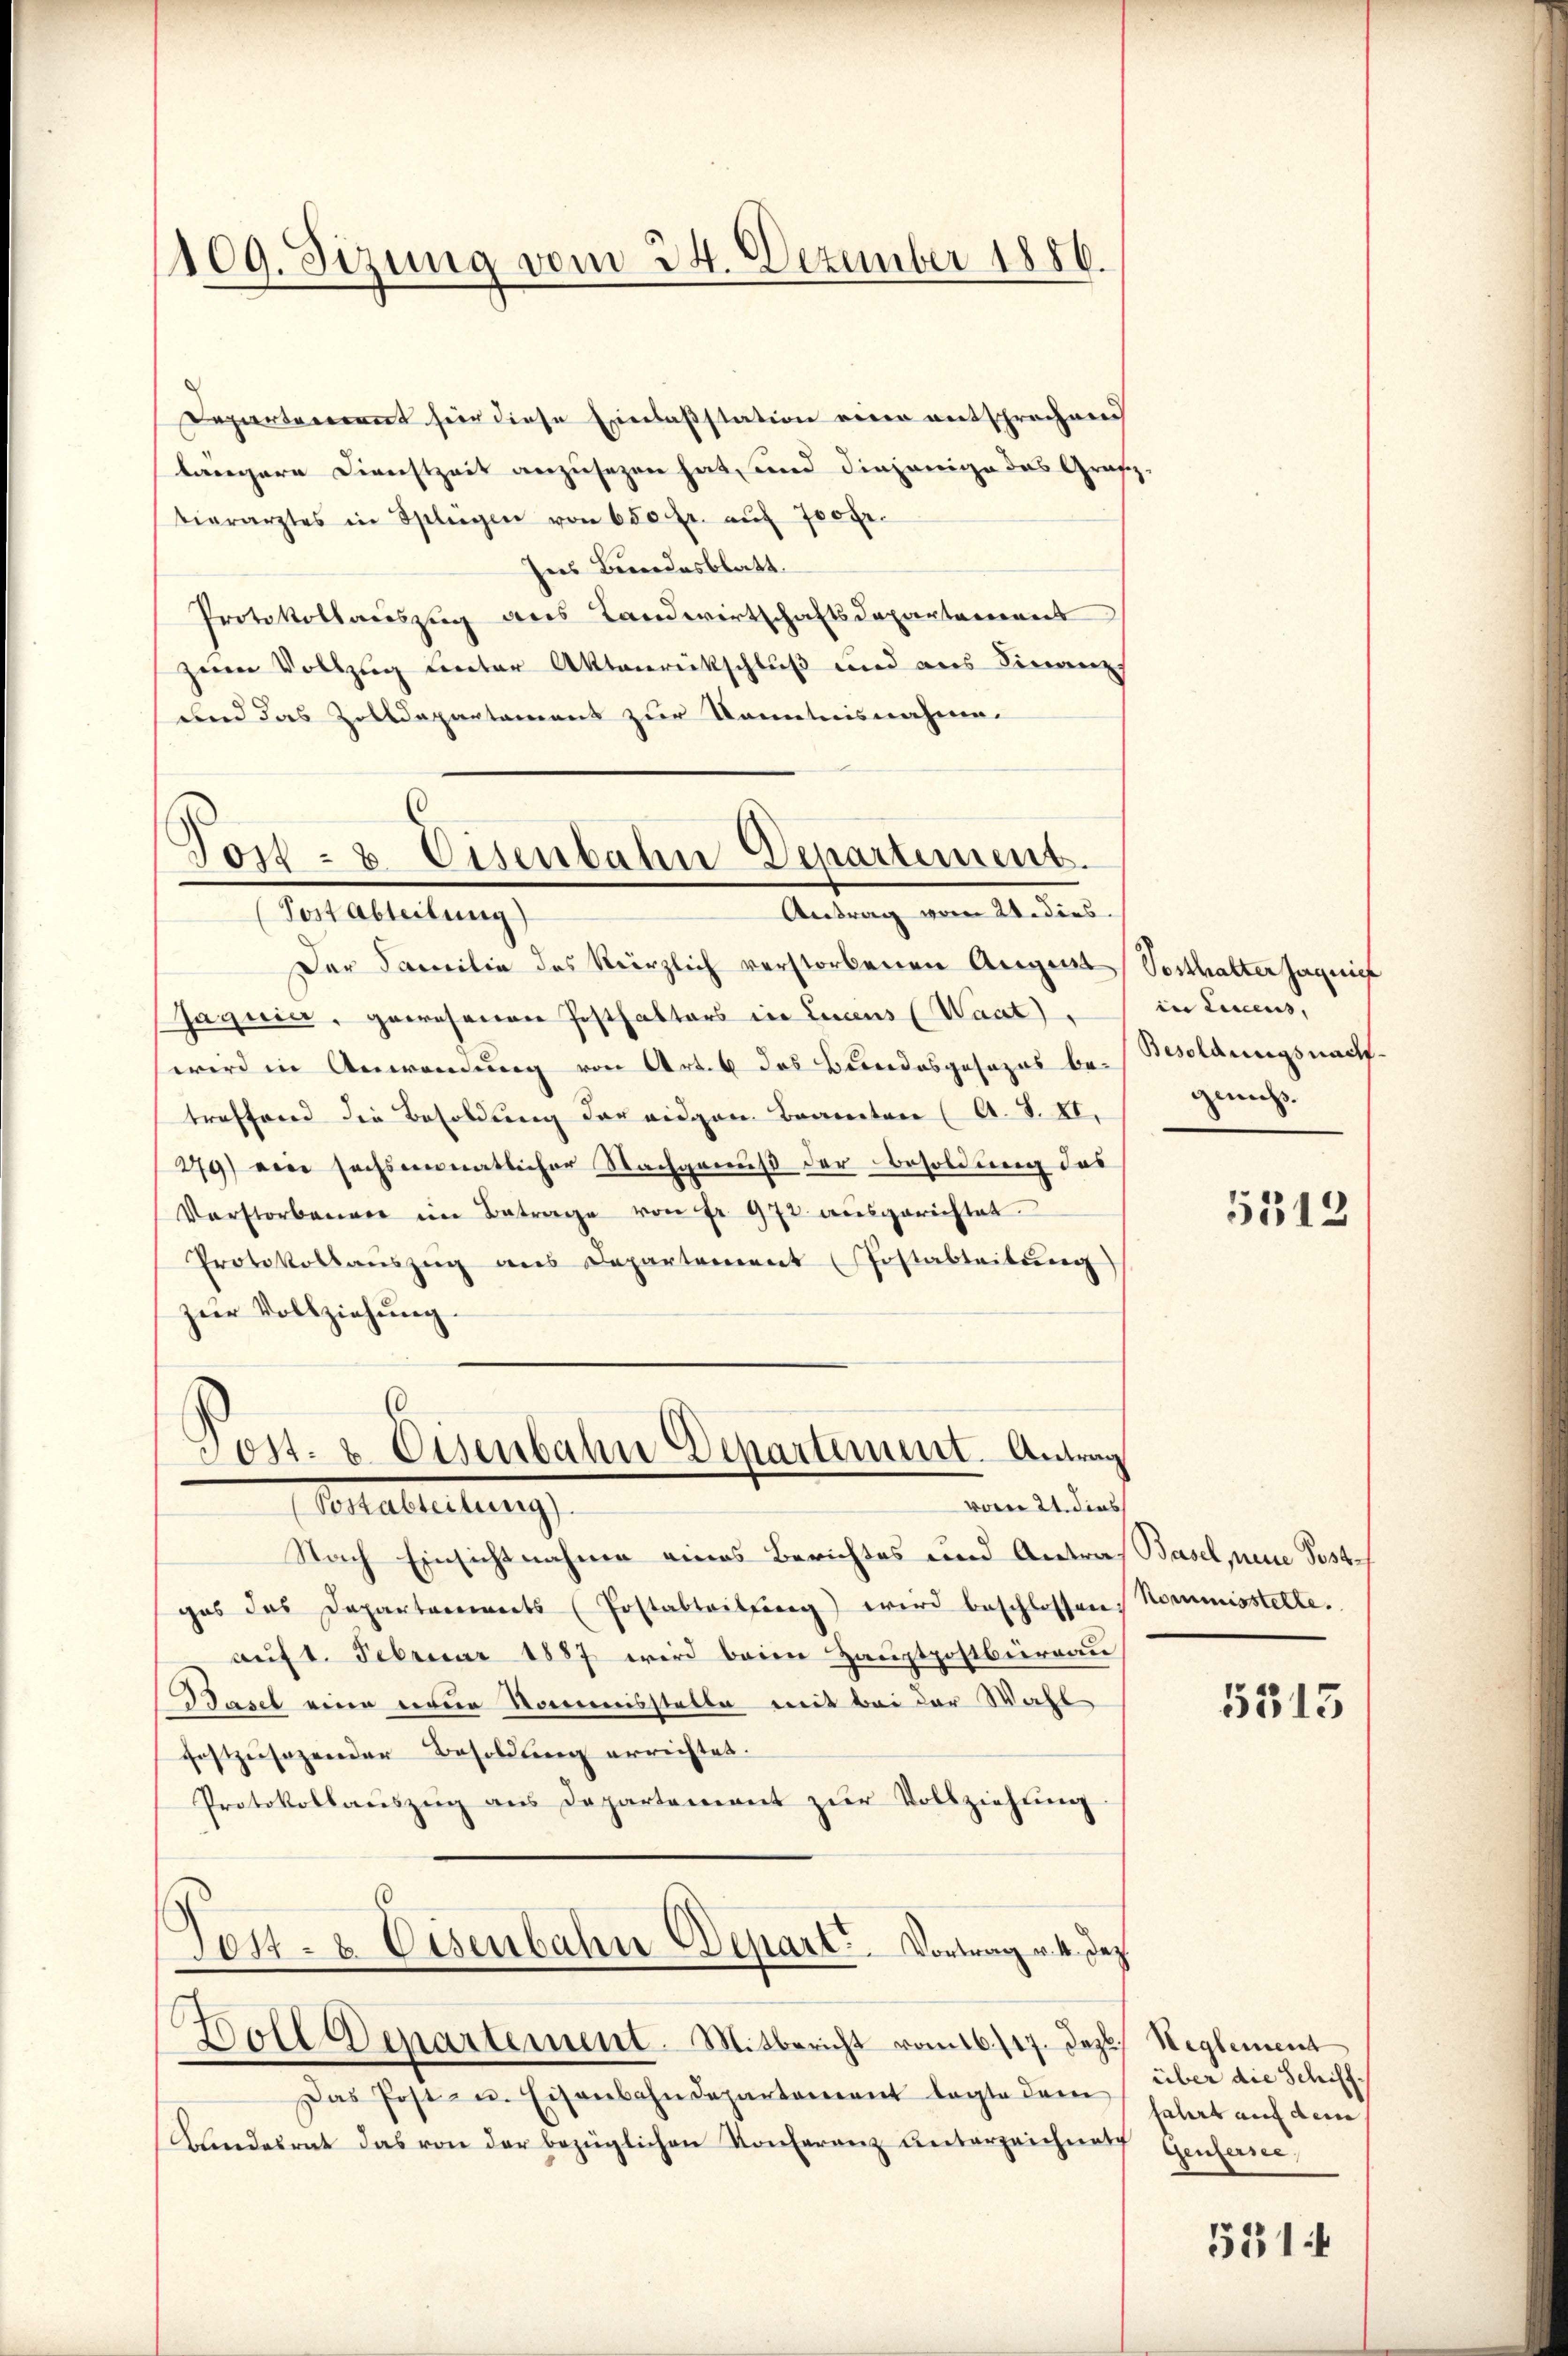
109. Sizung vom 24. Dezember 1886.

Departerrent hier diese Einlaßstation eine entsprechend
längere Dienstzeit anzusehen hat, und diejenige das Grafz-
tierarztes in Splügen von 650 fr. aŭf 700 Fr.
Ines Bundesblatt.
Protokollauszug aus Landwirtschaftsdepartemens
zum Vollzug unter Aktenrückschluß und aus Finanzs
und das Zolldepartament zur Kenntnisnahme.

Post- & Eisenbahn Departement.
Antrag vom 21. dies
(Post Abteilung)

Italierung
vom 21. dies

Der Familie des kürzlich verstorbenen August Vorthalter Jagnie
Jaquia, gewesenen Posthalters in Lucens (Waat),
wird in Anwendung von Art. 6 das Bundesgesezes be-Boldungsnachtreffend die Besoldung der eigen Branten (A. S. XI.
279) ein sechsmonatlicher Nachgenuß der Besoldung des
Verstorbenen im Betrage von Fr. 972 aŭsgerichtet.
Protokollauszug aus Departement (Postableitung)
zur Vollziehung.
Gost. v. Eisenbahn Departement. Antrag

Nach Einsichtnahme eines Berichtes und Antraf Basel, neue Postges das Departarinets (Postabteilung) wird beschlossen
auf 1. Februar 1887 wird beim Hauptpostbüreau
Basel eine neue Kommisstelle mit bei der Wahl
festzusagender Besoldung errichtet.
Protokollaŭszŭg ans Departement zŭr Vollziehŭng.

Tott- & Eisenbahn Depart. Vortrag v. 4. Dez.
Doll Departement. Mitbericht vom 16./17. Dez. Reglement

Das Post- u. Eisenbahndepartement legte dem
Blindesrat das von der bezüglichen Konferenz Unterzeichnung Genferne,

in Einens,
geneh

5312

Nommisstelle.

5313

über die Schifffatirt auf dem

531